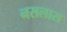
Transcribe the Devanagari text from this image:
नसलास